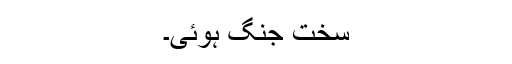
سخت جنگ ہوئی۔